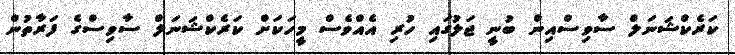
ކަރެކްޝަނަލް ސާވިސްއިން ބުނީ ޖަލުގައި ހުރި އެއްވެސް މީހަކަށް ކަރެކްޝަނަލް ސާވިސްގެ ފަރާތުން